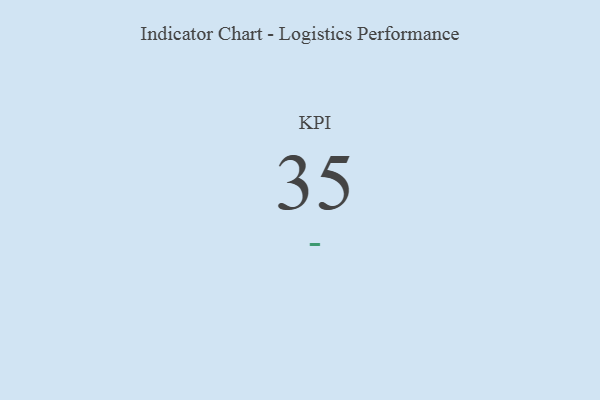
{"axis": {"x": "KPI", "y": "Value"}, "legend": [""], "data": [{"x": "KPI", "y": 35, "type": ""}]}